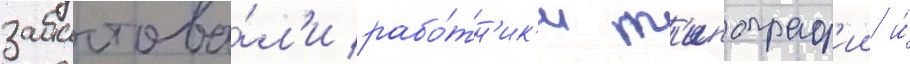
забастова́л'и рабо́тн'ик'и т'ипограф'ии и́